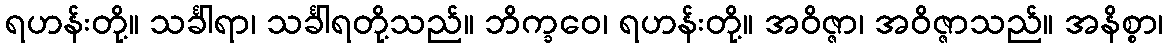
ရဟန်းတို့။ သင်္ခါရာ၊ သင်္ခါရတို့သည်။ ဘိက္ခဝေ၊ ရဟန်းတို့။ အဝိဇ္ဇာ၊ အဝိဇ္ဇာသည်။ အနိစ္စာ၊